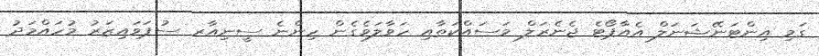
ގަމި އިންޓަނޭޝަނަލް އެއާޕޯޓެ ޖެނެރަލް މަސައްކަތާއި ހަވާލަވެގެން ހިންނެ ސީނިއާރ ސުޕަވައިޒަރު މުހައްމަދު